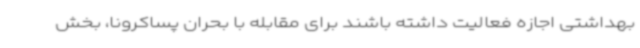
بهداشتی اجازه فعالیت داشته باشند برای مقابله با بحران پساکرونا، بخش